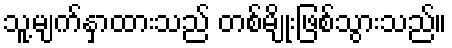
သူ့မျက်နှာထားသည် တစ်မျိုးဖြစ်သွားသည်။